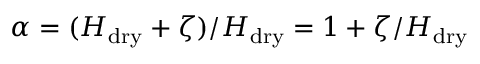
\alpha = ( H _ { \mathrm { d r y } } + \zeta ) / H _ { \mathrm { d r y } } = 1 + \zeta / H _ { \mathrm { d r y } }